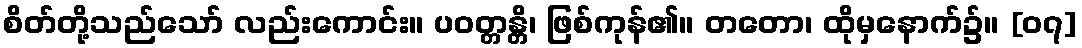
စိတ်တို့သည်သော် လည်းကောင်း။ ပဝတ္တန္တိ၊ ဖြစ်ကုန်၏။ တတော၊ ထိုမှနောက်၌။ [၀၇]